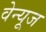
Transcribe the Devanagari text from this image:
वेन्यूज